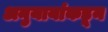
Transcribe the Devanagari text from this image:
अनुयायांकडून